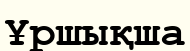
Ұршықша